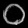
Digit: ၀